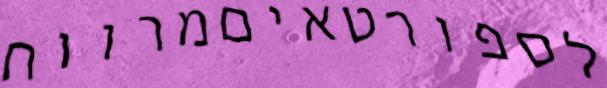
לספורטאיםמרווח